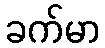
ခက်မာ